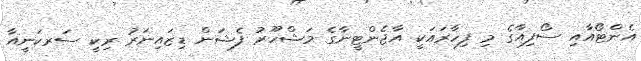
އެންޓޯއާއި ސޯފިއާގެ މި ފިހާރައަކީ އާޖެންޓީނާގެ މަޝްހޫރު ފެޝަން ޑިޒައިނަރު ރިކީ ސަރކަނީއާ